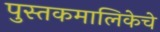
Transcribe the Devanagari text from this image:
पुस्तकमालिकेचे